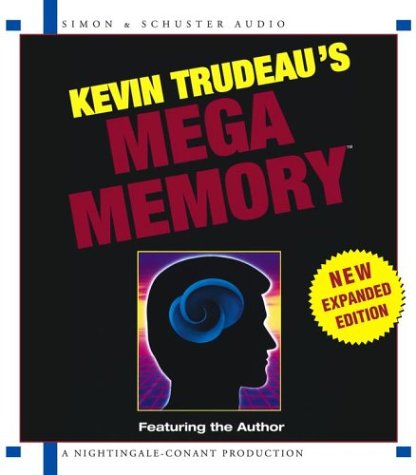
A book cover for Mega Memory; Kevin Trudeau; Self-Help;